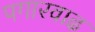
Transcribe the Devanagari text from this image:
पगारवाढ